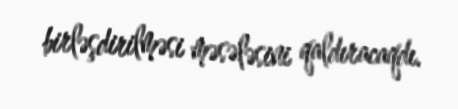
birləşdirilməsi məsələsini qaldıracaqdı.